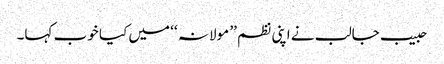
حبیب جالب نے اپنی نظم ’’ مولانہ ‘‘ میں کیا خوب کہا۔